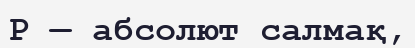
Р — абсолют салмақ,